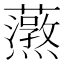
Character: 𬟚